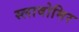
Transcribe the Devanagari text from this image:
स्लावोमिर